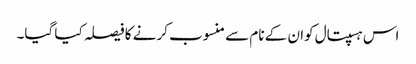
اس ہسپتال کوان کے نام سے منسوب کرنے کا فیصلہ کیا گیا۔